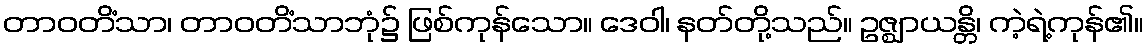
တာဝတိံသာ၊ တာဝတိံသာဘုံ၌ ဖြစ်ကုန်သော။ ဒေဝါ၊ နတ်တို့သည်။ ဥဇ္ဈာယန္တိ၊ ကဲ့ရဲ့ကုန်၏။